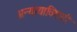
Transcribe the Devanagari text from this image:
अन्यायाविषयी